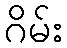
ဂိမ်း